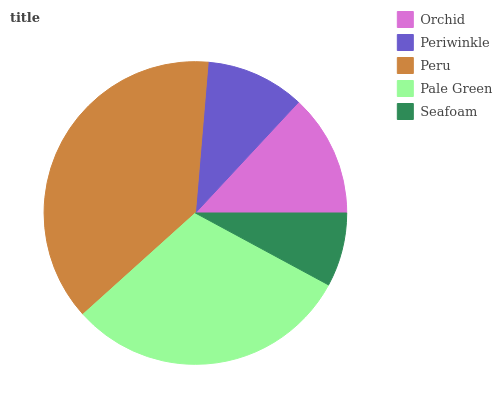
| Orchid | Periwinkle | Peru | Pale Green | Seafoam |
 | --- | --- | --- | --- | --- |
 | 13.1% | 10.6% | 38% | 30.4% | 7.88% |